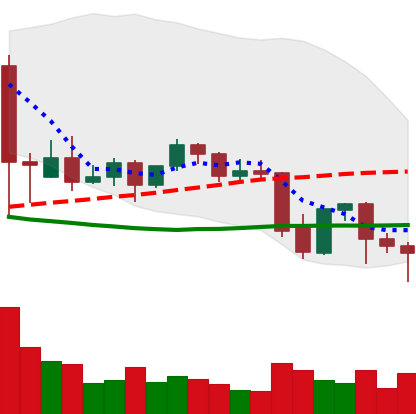
Ticker: BNB-USD
Chart end date: 2021-09-26
Forward return: 22.506%
Label: up_7plus